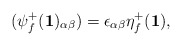
\begin{align*}(\psi^{+}_f({\bf 1})_{\alpha \beta}) = \epsilon_{\alpha \beta} \eta^{+}_f({\bf 1}),\end{align*}